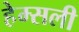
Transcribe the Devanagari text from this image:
हेम्सली